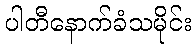
ပါတီနောက်ခံသမိုင်း